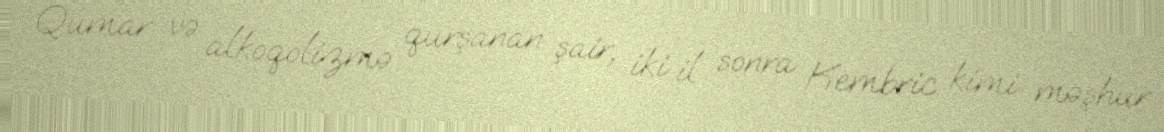
Qumar və alkoqolizmə qurşanan şair, iki il sonra Kembric kimi məşhur